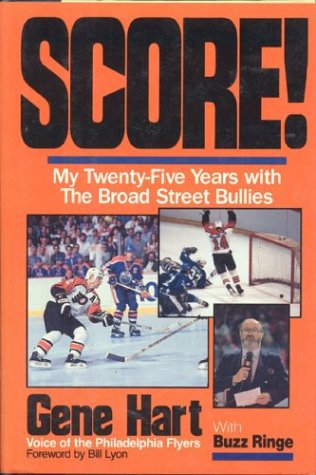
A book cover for Score! My Twenty-Five Years with The Broad Street Bullies; Gene Hart; Biographies & Memoirs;